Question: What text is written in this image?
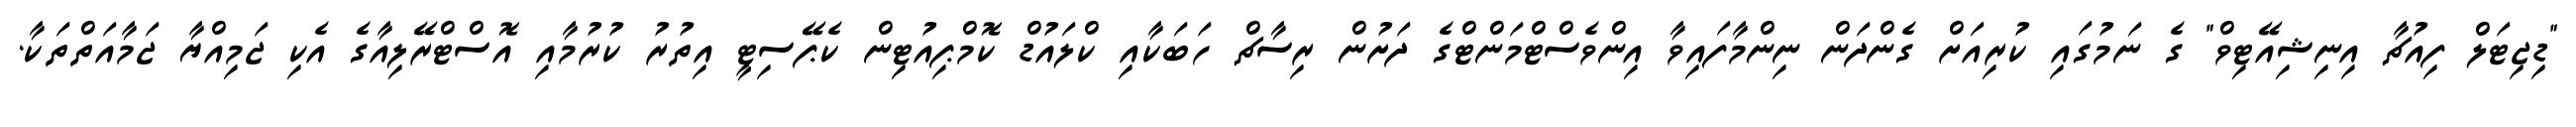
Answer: "ޑިޖިޓަލް ފިއުޗާ އިނިޝިއޭޓިވް" ގެ ނަމުގައި ކުރިއަށް ގެންދަން ނިންމާފައިވާ އިންވެސްޓްމަންޓްގެ ދަށުން ރިސާޗް ހަބަކާއި ކްލައުޑް ކޮމްޕިއުޓިން ކެޕޭސިޓީ އިތުރު ކުރުމާއި އޮސްޓްރޭލިއާގެ އެކި ޖަމިއްޔާ ޖަމާއަތްތަކާ.